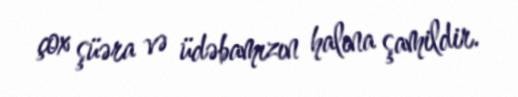
çox şüəra və üdəbamızın halına şamildir.